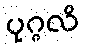
ပုဂ္ဂလိ